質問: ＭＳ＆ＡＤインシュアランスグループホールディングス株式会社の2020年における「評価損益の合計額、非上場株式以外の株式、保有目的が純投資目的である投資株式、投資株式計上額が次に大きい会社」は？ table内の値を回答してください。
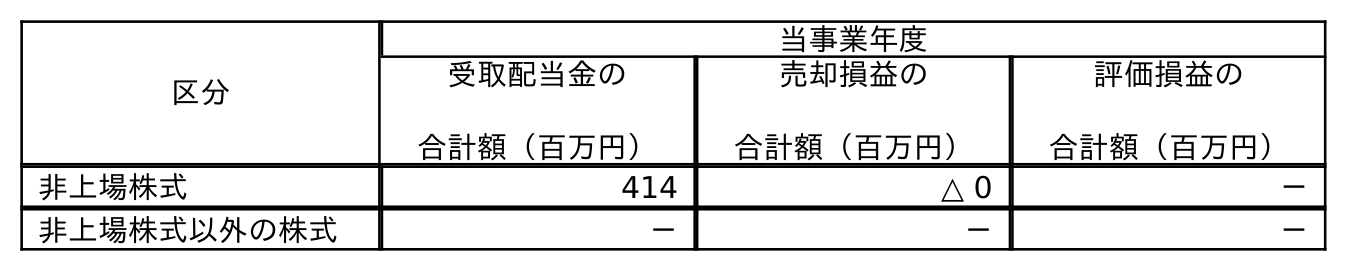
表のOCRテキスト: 区分 当事業年度 受取配当金の 合計額（百万円） 売却損益の 合計額（百万円） 評価損益の 合計額（百万円） 非上場株式 414 △ 0 － 非上場株式以外の株式 － － －
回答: －